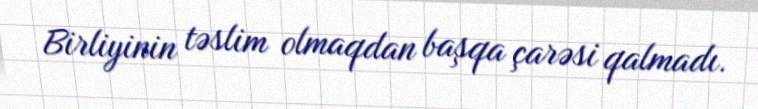
Birliyinin təslim olmaqdan başqa çarəsi qalmadı.